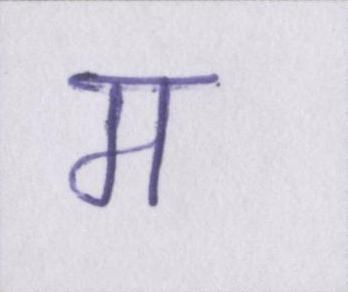
म